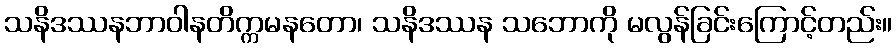
သနိဒဿနဘာဝါနတိက္ကမနတော၊ သနိဒဿန သဘောကို မလွန်ခြင်းကြောင့်တည်း။